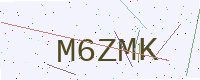
Text: M6ZMK